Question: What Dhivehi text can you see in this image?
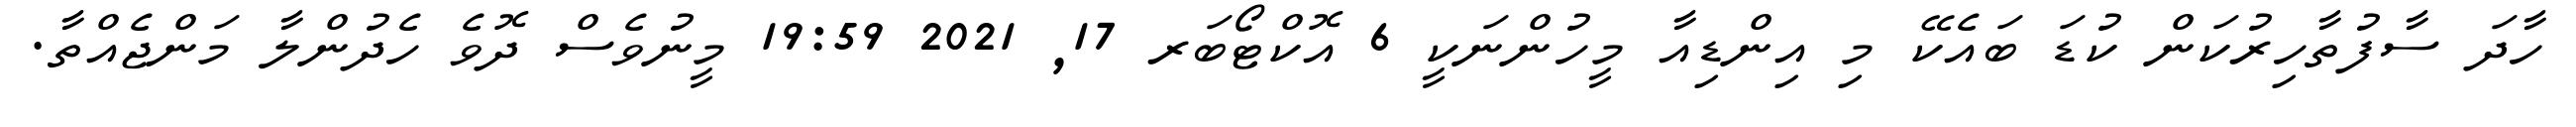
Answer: ހާދަ ސާފުތާހިރުކަން ކުޑަ ބައެކޭ މި އިންޑިއާ މީހުންނަކީ 6 އޮކްޓޯބަރ 17, 2021 19:59 މީނުވެސް ދޮވެ ހެދުންލާ މަންޖެއްތާ.